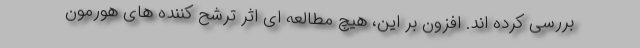
بررسی کرده اند. افزون بر این، هیچ مطالعه ای اثر ترشح کننده های هورمون